Scottish Certificate of Education, 1962
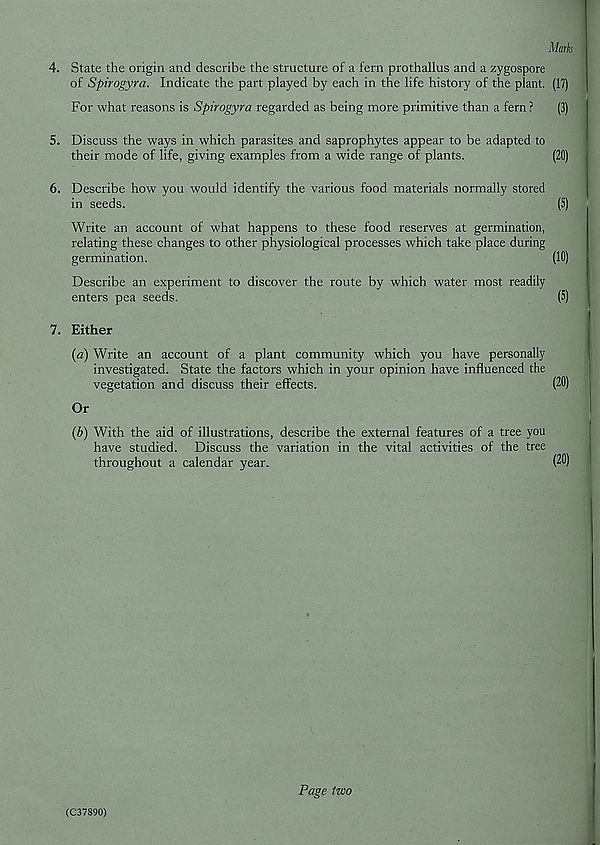
Mark
4. State the origin and describe the structure of a fern prothallus and a zygospore
of Spirogyra. Indicate the part played by each in the life history of the plant. (17)
For what reasons is Spirogyra regarded as being more primitive than a fern ?
(3)
5. Discuss the ways in which parasites and saprophytes appear to be adapted to
their mode of life, giving examples from a wide range of plants.
(20)
6. Describe how you would identify the various food materials normally stored
in seeds.
(5)
Write an account of what happens to these food reserves at germination,
relating these changes to other physiological processes which take place during
germination.
(10)
Describe an experiment to discover the route by which water most readily
enters pea seeds.
(5)
7. Either
(a) Write an account of a plant community which you have personally
investigated. State the factors which in your opinion have influenced the
vegetation and discuss their effects.
(20)
Or
(b) With the aid of illustrations, describe the external features of a tree you
have studied. Discuss the variation in the vital activities of the tree
throughout a calendar year.
(20)
(C37890)
Page two